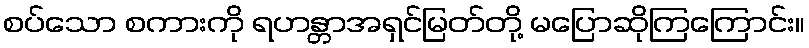
စပ်သော စကားကို ရဟန္တာအရှင်မြတ်တို့ မပြောဆိုကြကြောင်း။